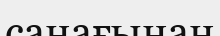
санағынан